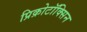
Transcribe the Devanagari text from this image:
प्रिक्रोटॉक्सिन